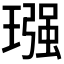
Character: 𮴵